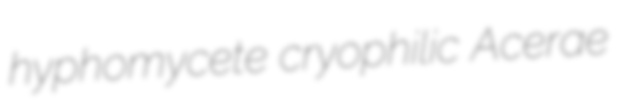
hyphomycete cryophilic Acerae